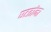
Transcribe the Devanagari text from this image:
घटतांना